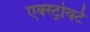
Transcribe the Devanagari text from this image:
एक्स्ट्रोवर्ट